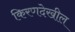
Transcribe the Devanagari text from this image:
किरणदेखील